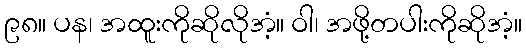
၉၈။ ပန၊ အထူးကိုဆိုလိုအံ့။ ဝါ၊ အဖို့တပါးကိုဆိုအံ့။